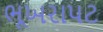
ભૂખરાપટ